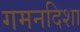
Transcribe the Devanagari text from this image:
गमनदिशा